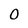
Character: 0